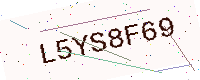
Text: L5YS8F69